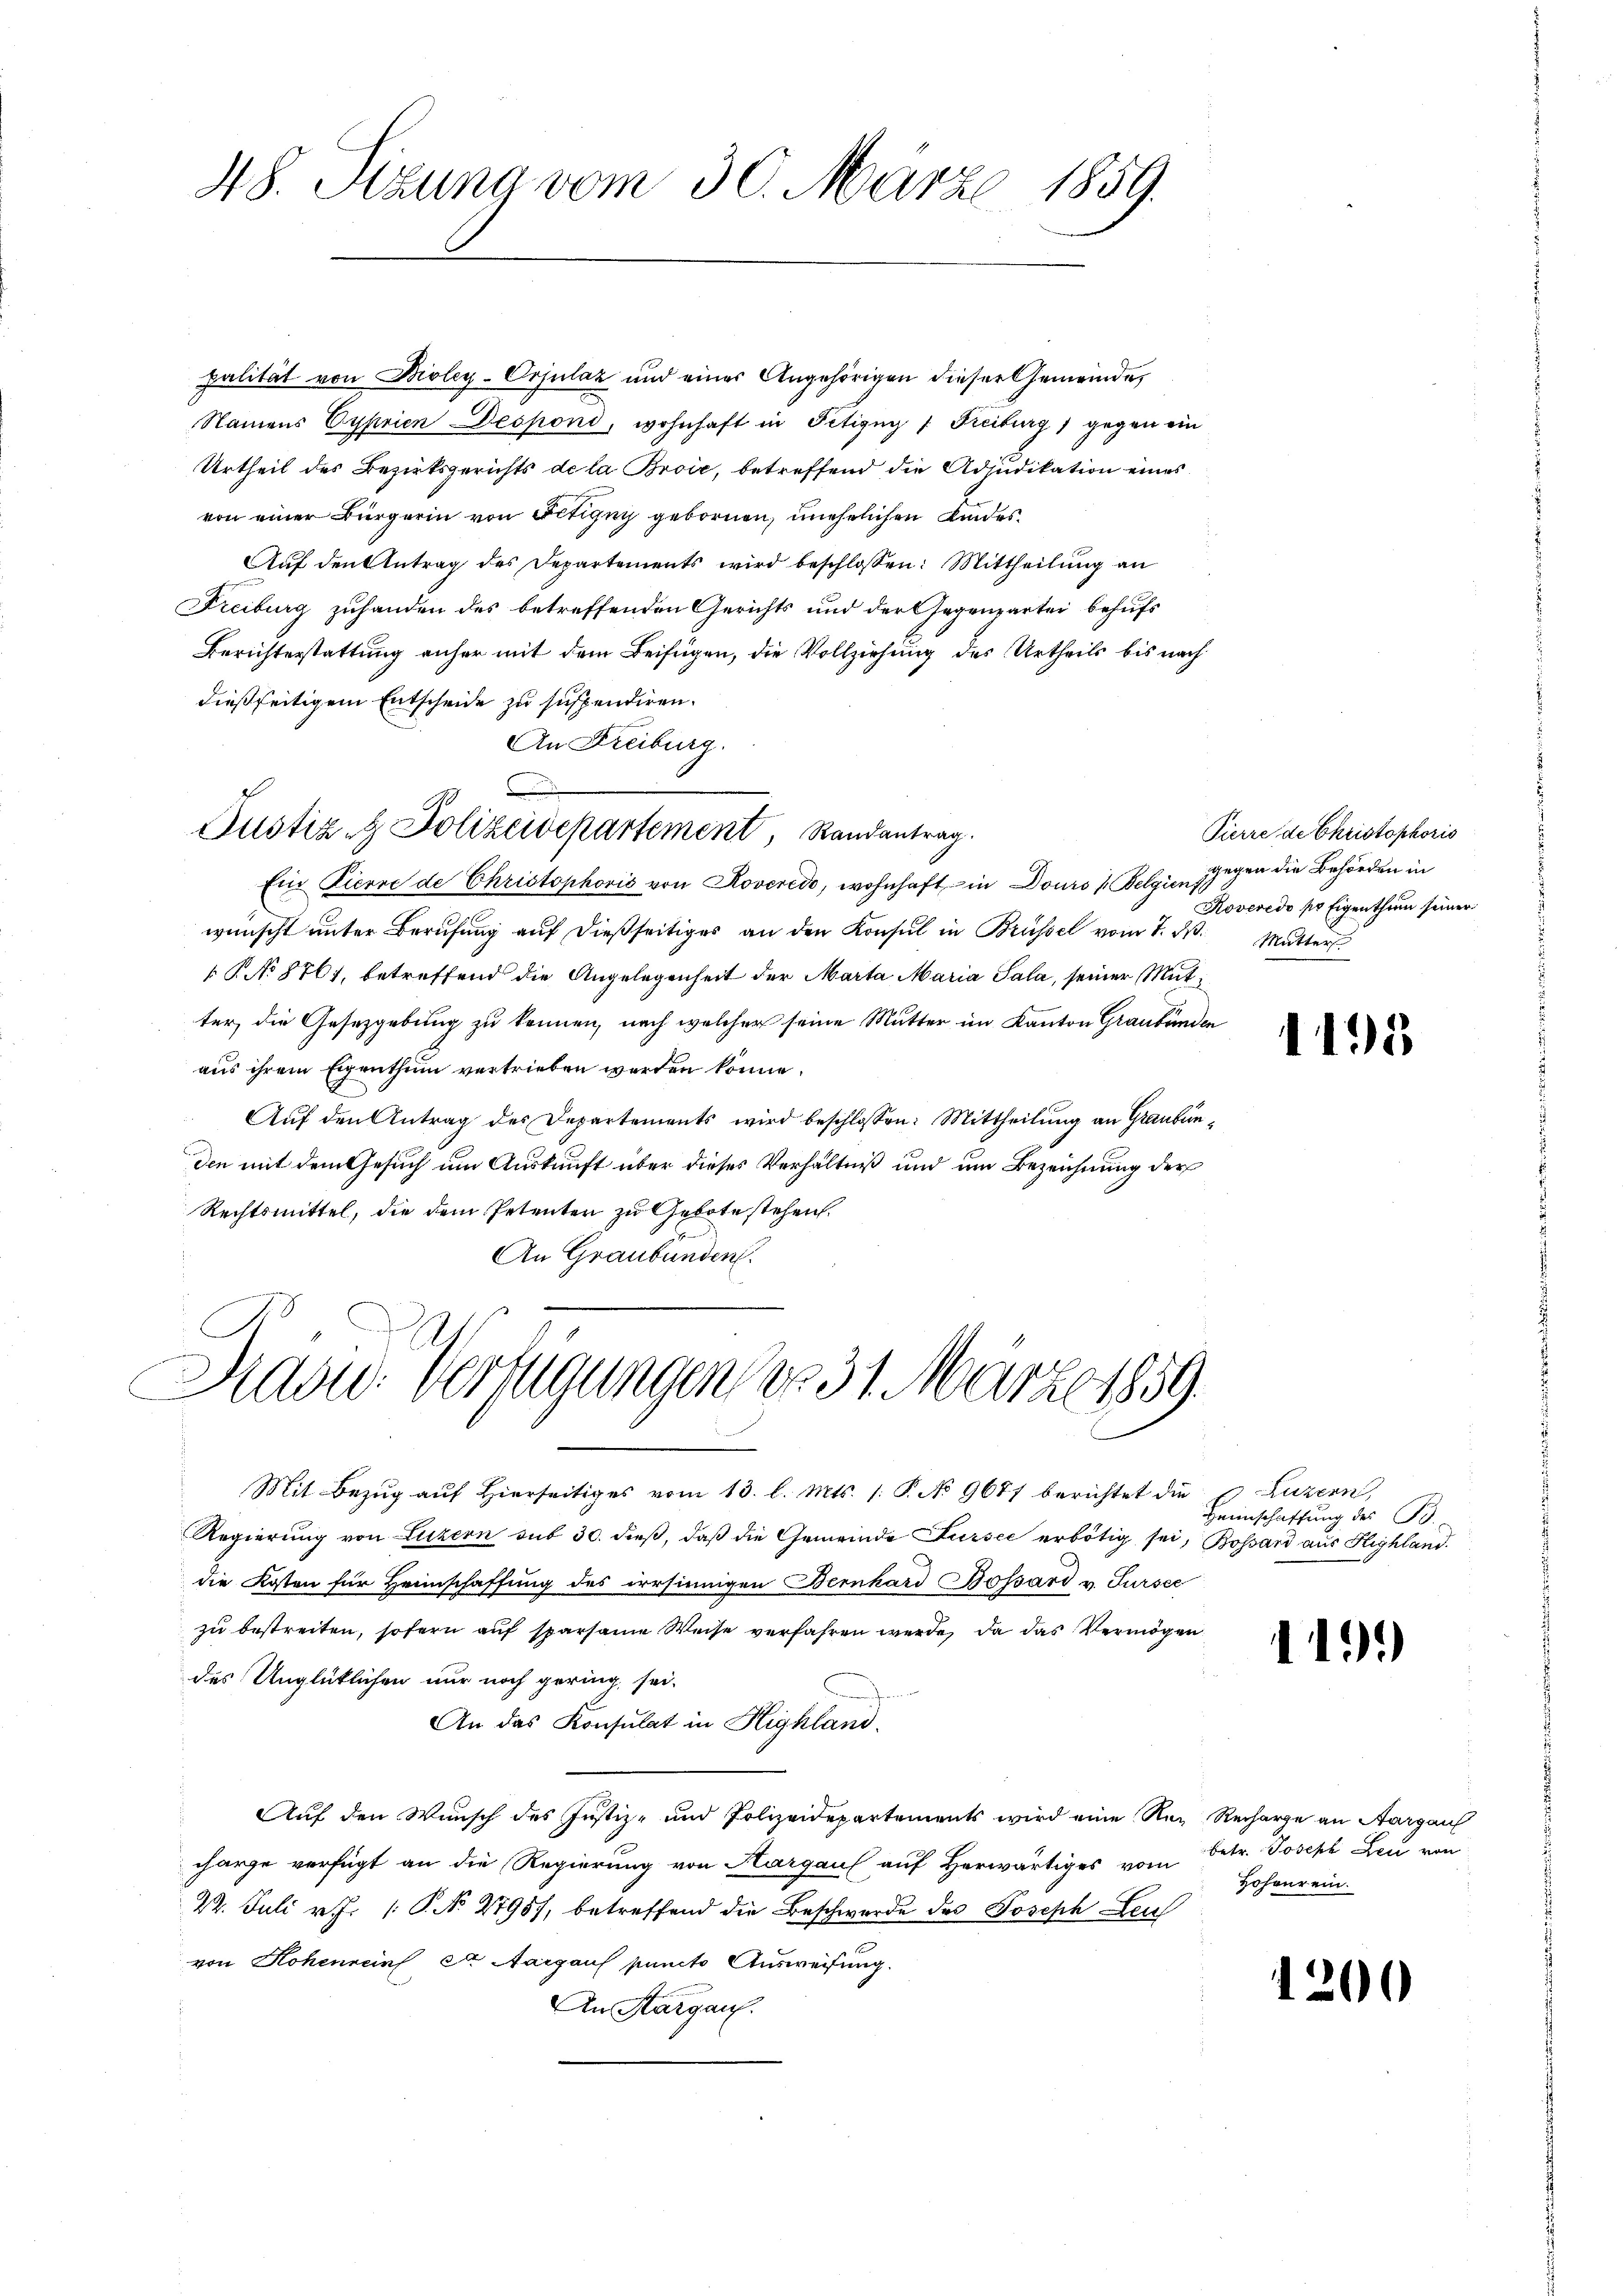
48. Sitzung vom 30. März 1859.

palität von Bioley-Orjulaz und eines Angehörigen dieser Gemeinde,
Namens Cyprien Despond, wohnhaft in Fetigny / Freiburg) gegen ein
Urtheil des Bezirksgerichts de la Broić, betreffend die Adjudikation eines
von einer Bürgerin von Fetigny gebornen, unehelichen Kindes¬
Aŭf den Antrag des Departements wird beschlossen: Mittheilŭng an
Freiburg zuhanden des betreffenden Gerichts und der Gegenzartei behufs
Berichterstattung anher mit dem Beifügen, die Vollziehung des Urtheils bis nach
dießseitigem Entscheide zu suspendiren.
An Freiburg.

Justiz- & Polizeidepartement, Randantrag.

Ein Zierre de Christophoris von Roveredo, wohnhaft in Douro Belgien Gegen die Behörden in
wünscht unter Berufung auf dießseitiges an den Konsul in Brüssel vom 7. No.
P.No 8761, betreffend die Angelegenheit der Marta Maria Sala, seiner Mutter, die Gesetzgebung zu können, nach welcher seine Mutter im Kanton Graubünden
aus ihrem Eigenthum vertrieben werden könne.
Aŭf den Antrag des Departements wird beschlossen: Mittheilung an Graubünden mit dem Gesuch um Auskunft über dieses Verhältniß und um Bezeichnung der
Rechtsmittel, die dem Petenten zu Gebotestehen.
An Graubünden.
Mit Bezŭg aŭf hierseitiges vom 13. l. Mts. 1. P. No 9677 berichtet die
Regierŭng von Luzern sub 30. dieβ, daβ die Gemeinde Sursee erbötig sei, Bossard aus Highland
die Kosten für Heimschaffung des irrsinnigen Bernhard Bossard v. Sursee
zu bestreiten, sofern auf sparsame Weise verfahren werde, da das Vermögen
des Unglüklichen nur noch gering, sei.
An das Konsulat in Highland,
Auf den Wunsch des Justiz- und Polizeidepartements wird eine Rez Recharge an Aargau
charge verfügt an die Regierung von Aargau auf Herwärtiges vom
22. Juli v. J. P. No. 2795), betreffend die Beschwerde des Joseph Leu
von Hohenreins, et Aargauf puncto Ausweisung.
An Aargau.

Daad: Verfügungen er 31. März 1859.
d

Pierre de Christophoris
Roveredo pr Eigenthum seiner
Mutter

1195

Luzern,
Heimschaffung des B.

119.)

betr. Joseph Leu von
Hohaur ein.

1200